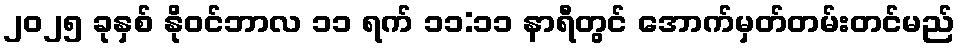
၂၀၂၅ ခုနှစ် နိုဝင်ဘာလ ၁၁ ရက် ၁၁:၁၁ နာရီတွင် အောက်မှတ်တမ်းတင်မည်